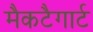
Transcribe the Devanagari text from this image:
मैकटैगार्ट